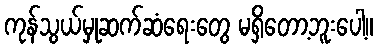
ကုန်သွယ်မှုဆက်ဆံရေးတွေ မရှိတော့ဘူးပေါ့။